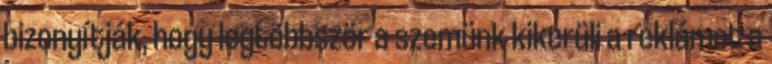
bizonyítják, hogy legtöbbször a szemünk kikerüli a reklámot a